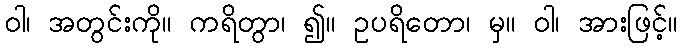
ဝါ၊ အတွင်းကို။ ကရိတွာ၊ ၍။ ဥပရိတော၊ မှ။ ဝါ၊ အားဖြင့်။